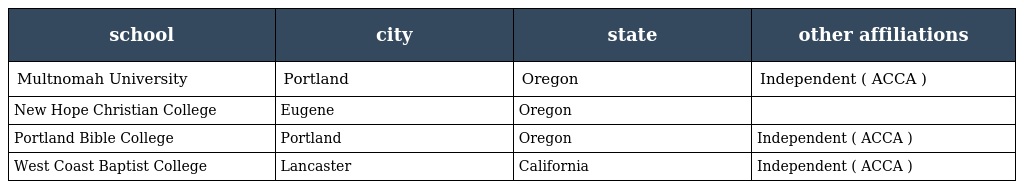
| school | city | state | other affiliations |
 | --- | --- | --- | --- |
 | Multnomah University | Portland | Oregon | Independent ( ACCA ) |
 | New Hope Christian College | Eugene | Oregon |  |
 | Portland Bible College | Portland | Oregon | Independent ( ACCA ) |
 | West Coast Baptist College | Lancaster | California | Independent ( ACCA ) |